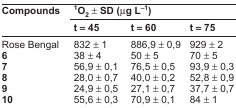
| <ROWSPAN=2> Compounds | <COLSPAN=3> 1O2 ± SD (μg L−1) |
 | t = 45 | t = 60 | t = 75 |
 | --- | --- | --- | --- |
 | Rose Bengal | 832 ± 1 | 886,9 ± 0,9 | 929 ± 2 |
 | 6 | 38 ± 4 | 50 ± 5 | 70 ± 5 |
 | 7 | 56,9 ± 0,1 | 76,5 ± 0,5 | 93,9 ± 0,3 |
 | 8 | 28,0 ± 0,7 | 40,0 ± 0,2 | 52,8 ± 0,9 |
 | 9 | 24,9 ± 0,5 | 27,1 ± 0,7 | 37,7 ± 0,7 |
 | 10 | 55,6 ± 0,3 | 70,9 ± 0,1 | 84 ± 1 |